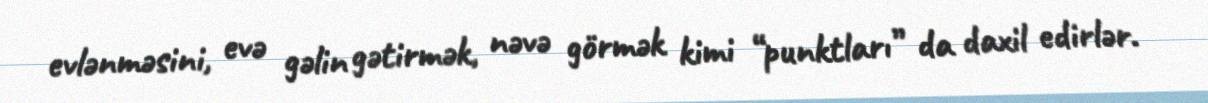
evlənməsini, evə gəlin gətirmək, nəvə görmək kimi “punktları” da daxil edirlər.